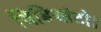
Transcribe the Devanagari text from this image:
विडिआंटो।